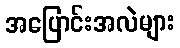
အပြောင်းအလဲများ